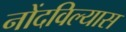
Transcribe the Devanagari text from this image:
नोंदविल्यास